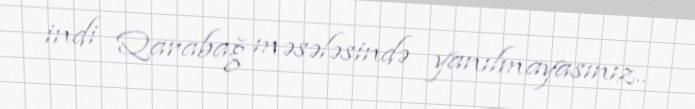
indi Qarabağ məsələsində yanılmayasınız..